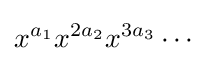
x^{a_{1}}x^{2a_{2}}x^{3a_{3}}\cdots